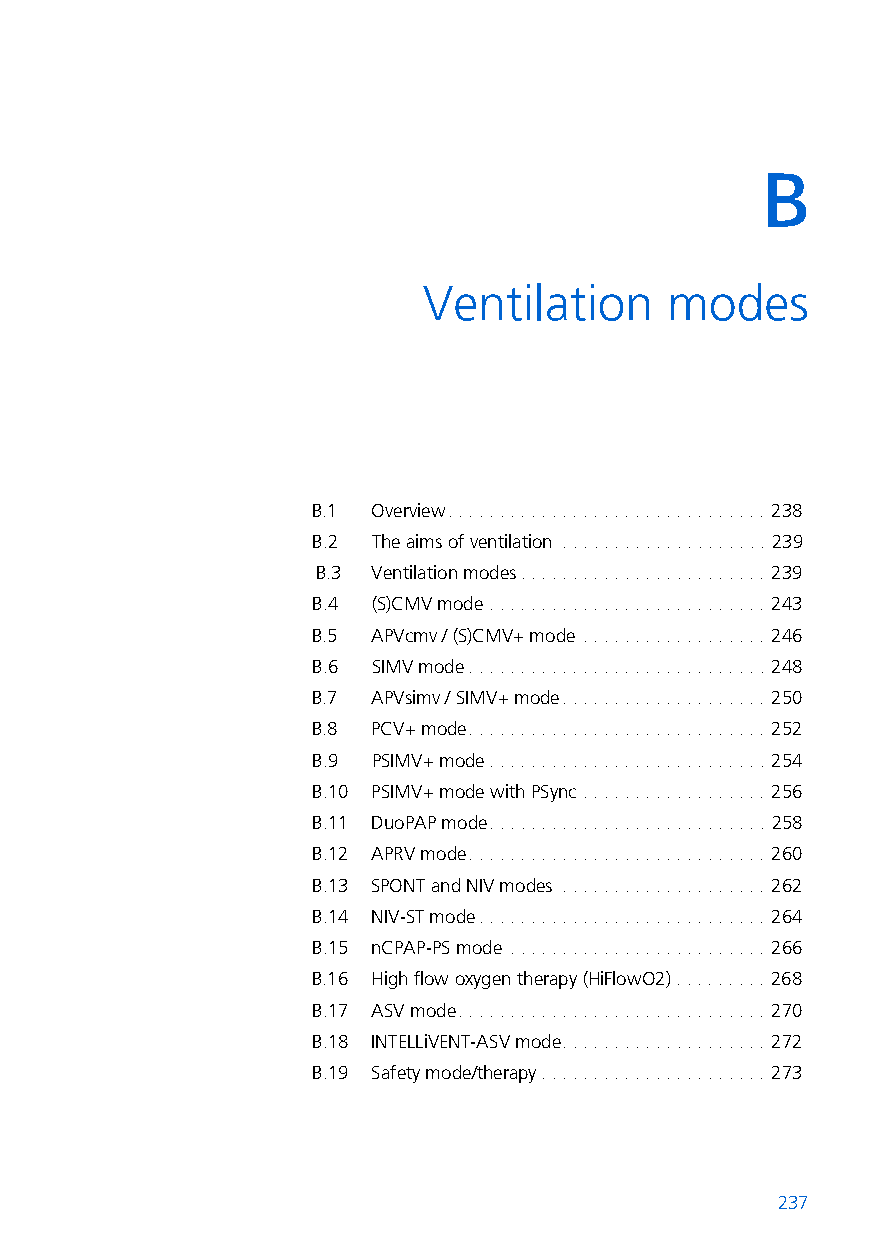
B
 B  Ventilation     modes
 B.1 Overview. . . . . . . . . . . . . . . . . . . . . . . . . . . . . . . 238
 B.2 The aims of ventilation . . . . . . . . . . . . . . . . . . . . 239
 B.3 Ventilation modes. . . . . . . . . . . . . . . . . . . . . . . . 239
 B.4 (S)CMV mode . . . . . . . . . . . . . . . . . . . . . . . . . . . 243
 B.5 APVcmv / (S)CMV+ mode . . . . . . . . . . . . . . . . . . 246
 B.6 SIMV mode. . . . . . . . . . . . . . . . . . . . . . . . . . . . . 248
 B.7 APVsimv / SIMV+ mode. . . . . . . . . . . . . . . . . . . . 250
 B.8 PCV+ mode. . . . . . . . . . . . . . . . . . . . . . . . . . . . . 252
 B.9 PSIMV+ mode. . . . . . . . . . . . . . . . . . . . . . . . . . . 254
 B.10 PSIMV+ mode with PSync . . . . . . . . . . . . . . . . . . 256
 B.11 DuoPAP mode. . . . . . . . . . . . . . . . . . . . . . . . . . . 258
 B.12 APRV mode. . . . . . . . . . . . . . . . . . . . . . . . . . . . . 260
 B.13 SPONT and NIV modes . . . . . . . . . . . . . . . . . . . . 262
 B.14 NIV-ST mode. . . . . . . . . . . . . . . . . . . . . . . . . . . . 264
 B.15 nCPAP-PS mode . . . . . . . . . . . . . . . . . . . . . . . . . 266
 B.16 High flow oxygen therapy (HiFlowO2) . . . . . . . . . 268
 B.17 ASV mode. . . . . . . . . . . . . . . . . . . . . . . . . . . . . . 270
 B.18 INTELLiVENT-ASV mode. . . . . . . . . . . . . . . . . . . . 272
 B.19 Safety mode/therapy. . . . . . . . . . . . . . . . . . . . . . 273
 237